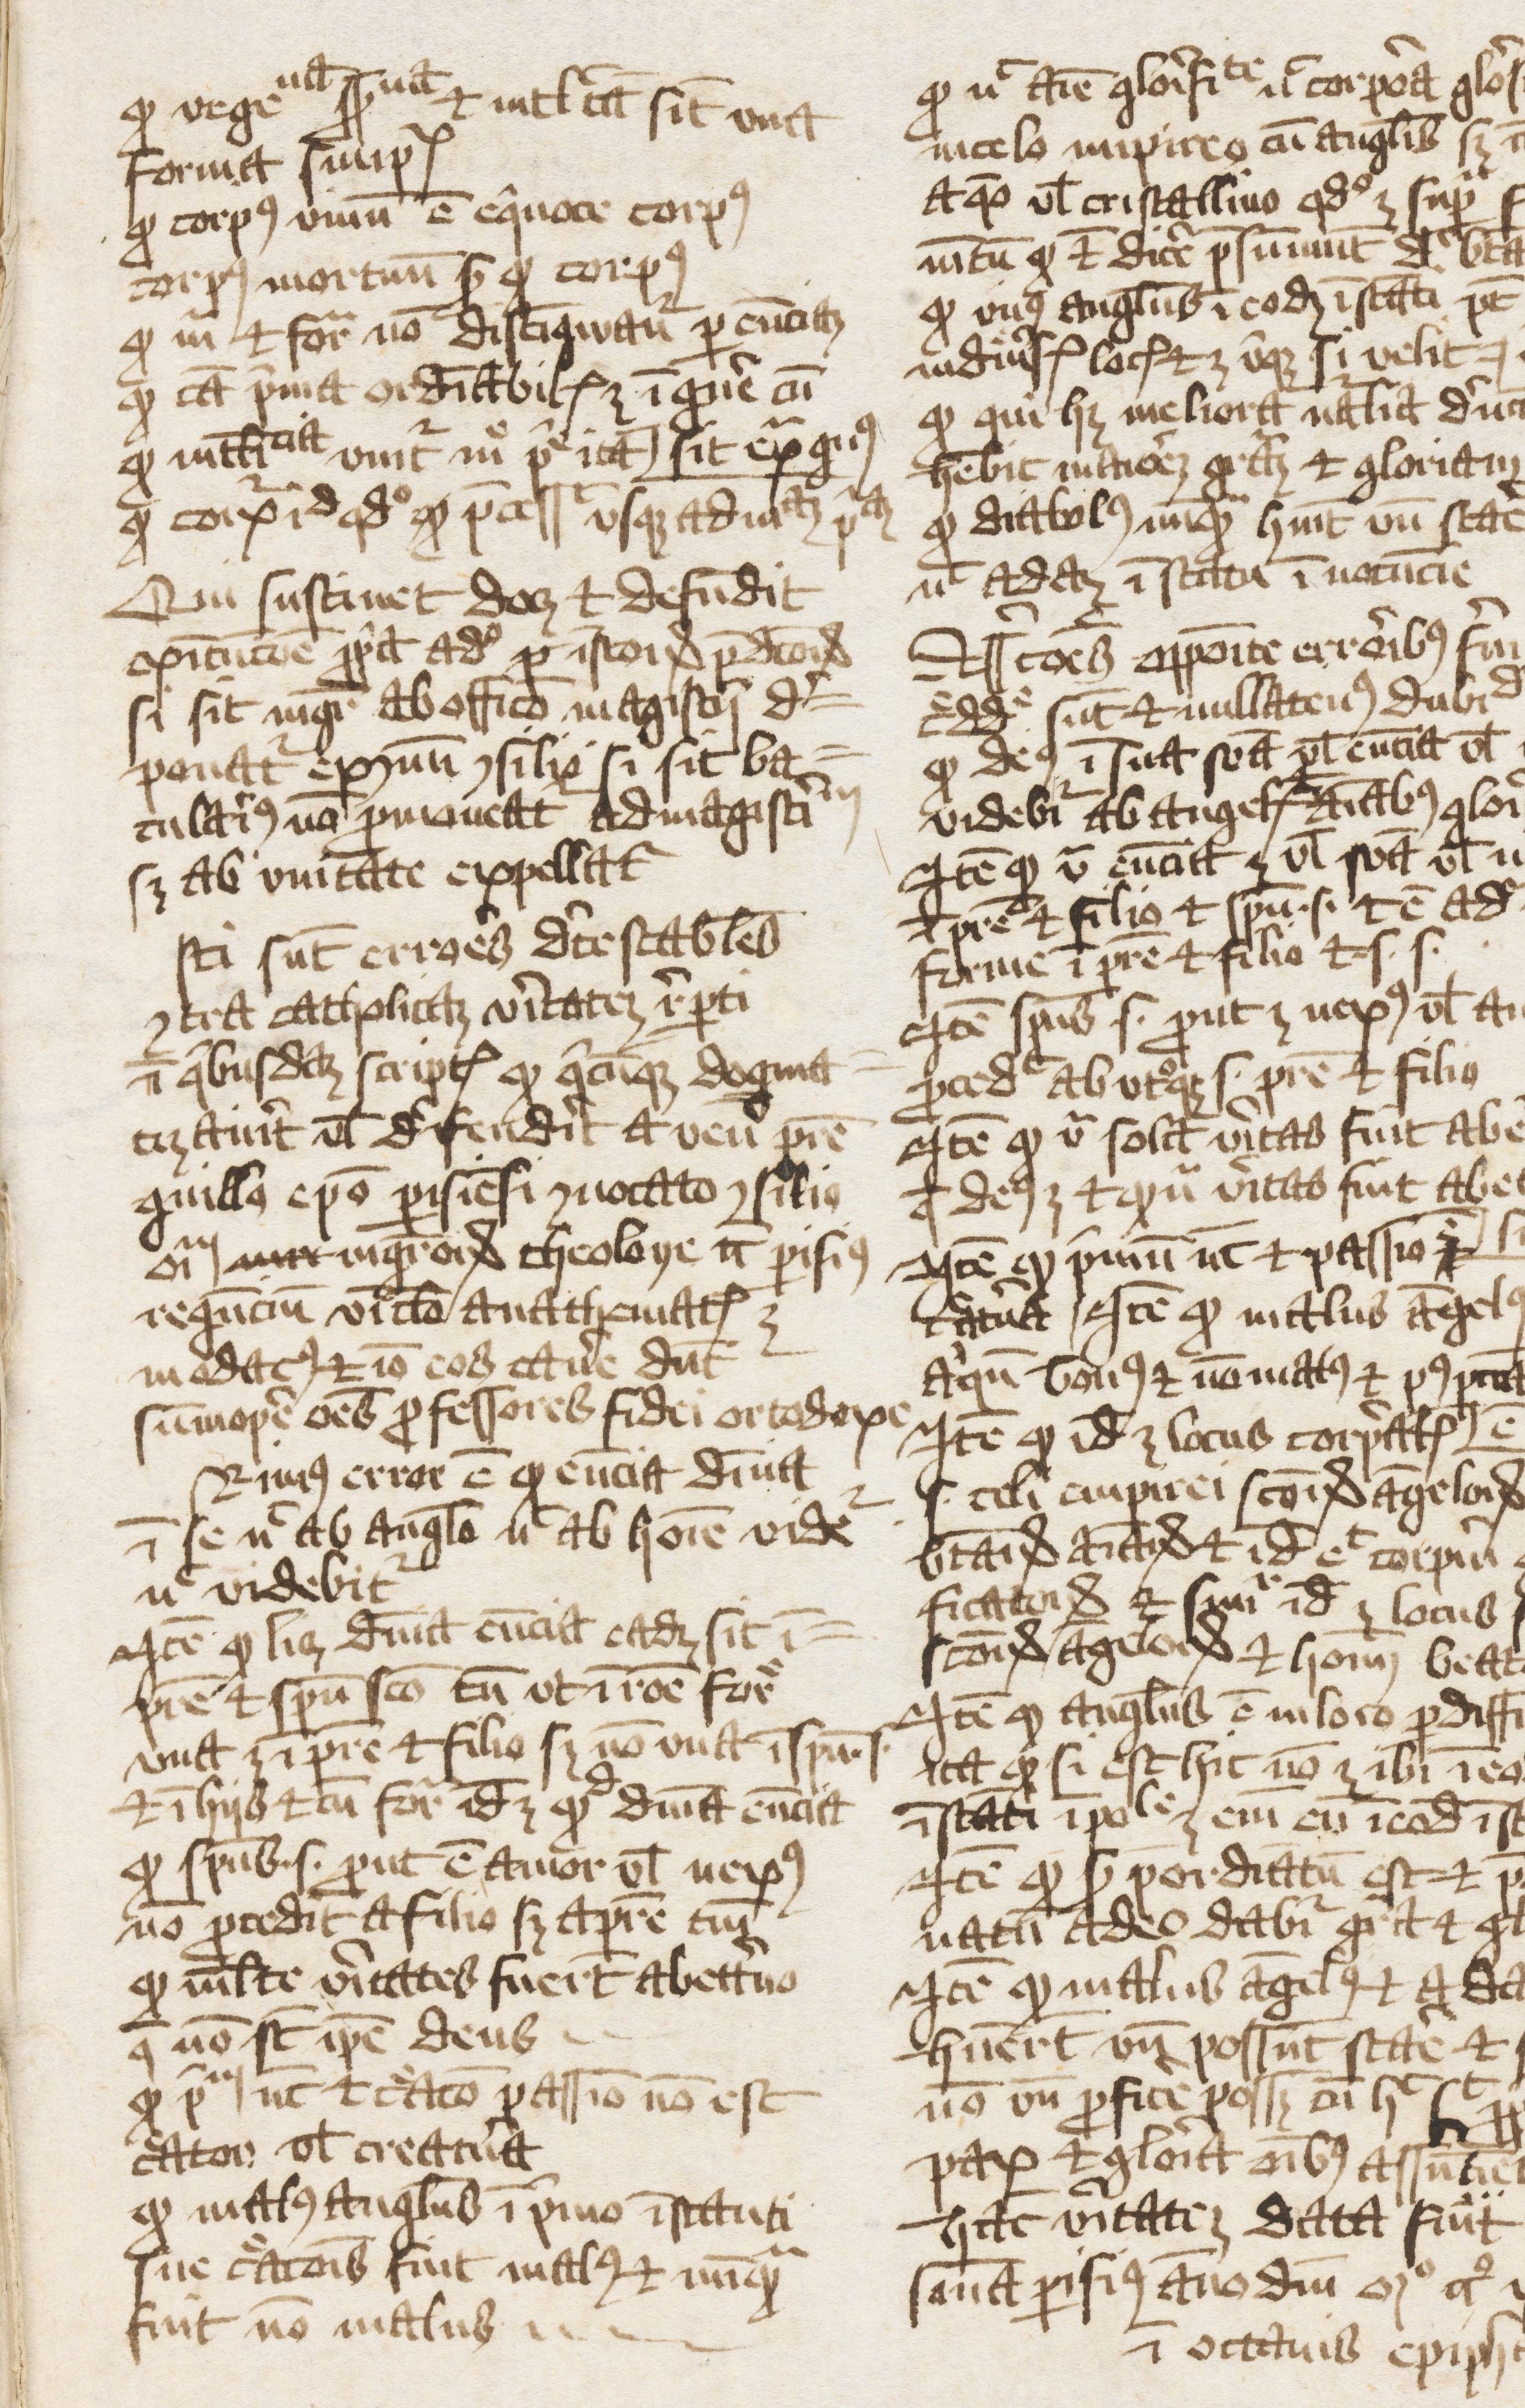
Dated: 1374–1374